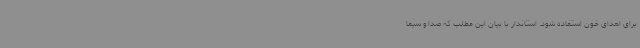
برای اهدای خون استفاده شود. استاندار با بیان این مطلب که صدا و سیما